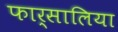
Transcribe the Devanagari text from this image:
फार्सालिया